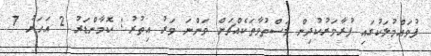
ފުވައްމުލަކުގައި ފުރާވަރުކުދިން މަސްތުވާތަކެއްޗަށް ވަންނަ ވަރު އިތުރު: ކޮމާންޑަރު 2 އަހަރު 7